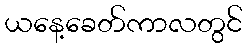
ယနေ့ခေတ်ကာလတွင်